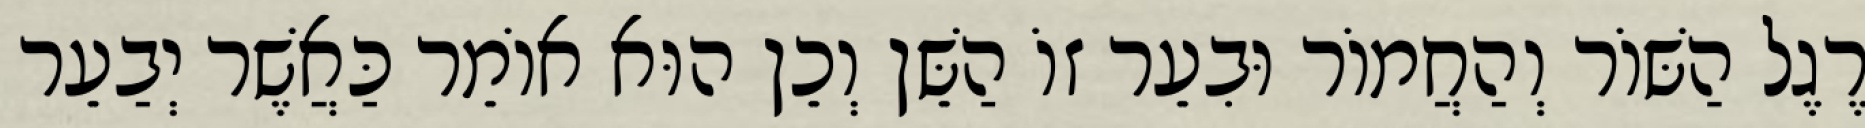
רֶגֶל הַשּׁוֹר וְהַחֲמוֹר וּבִעֵר זוֹ הַשֵּׁן וְכֵן הוּא אוֹמֵר כַּאֲשֶׁר יְבַעֵר